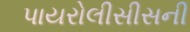
પાયરોલીસીસની